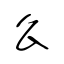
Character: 么